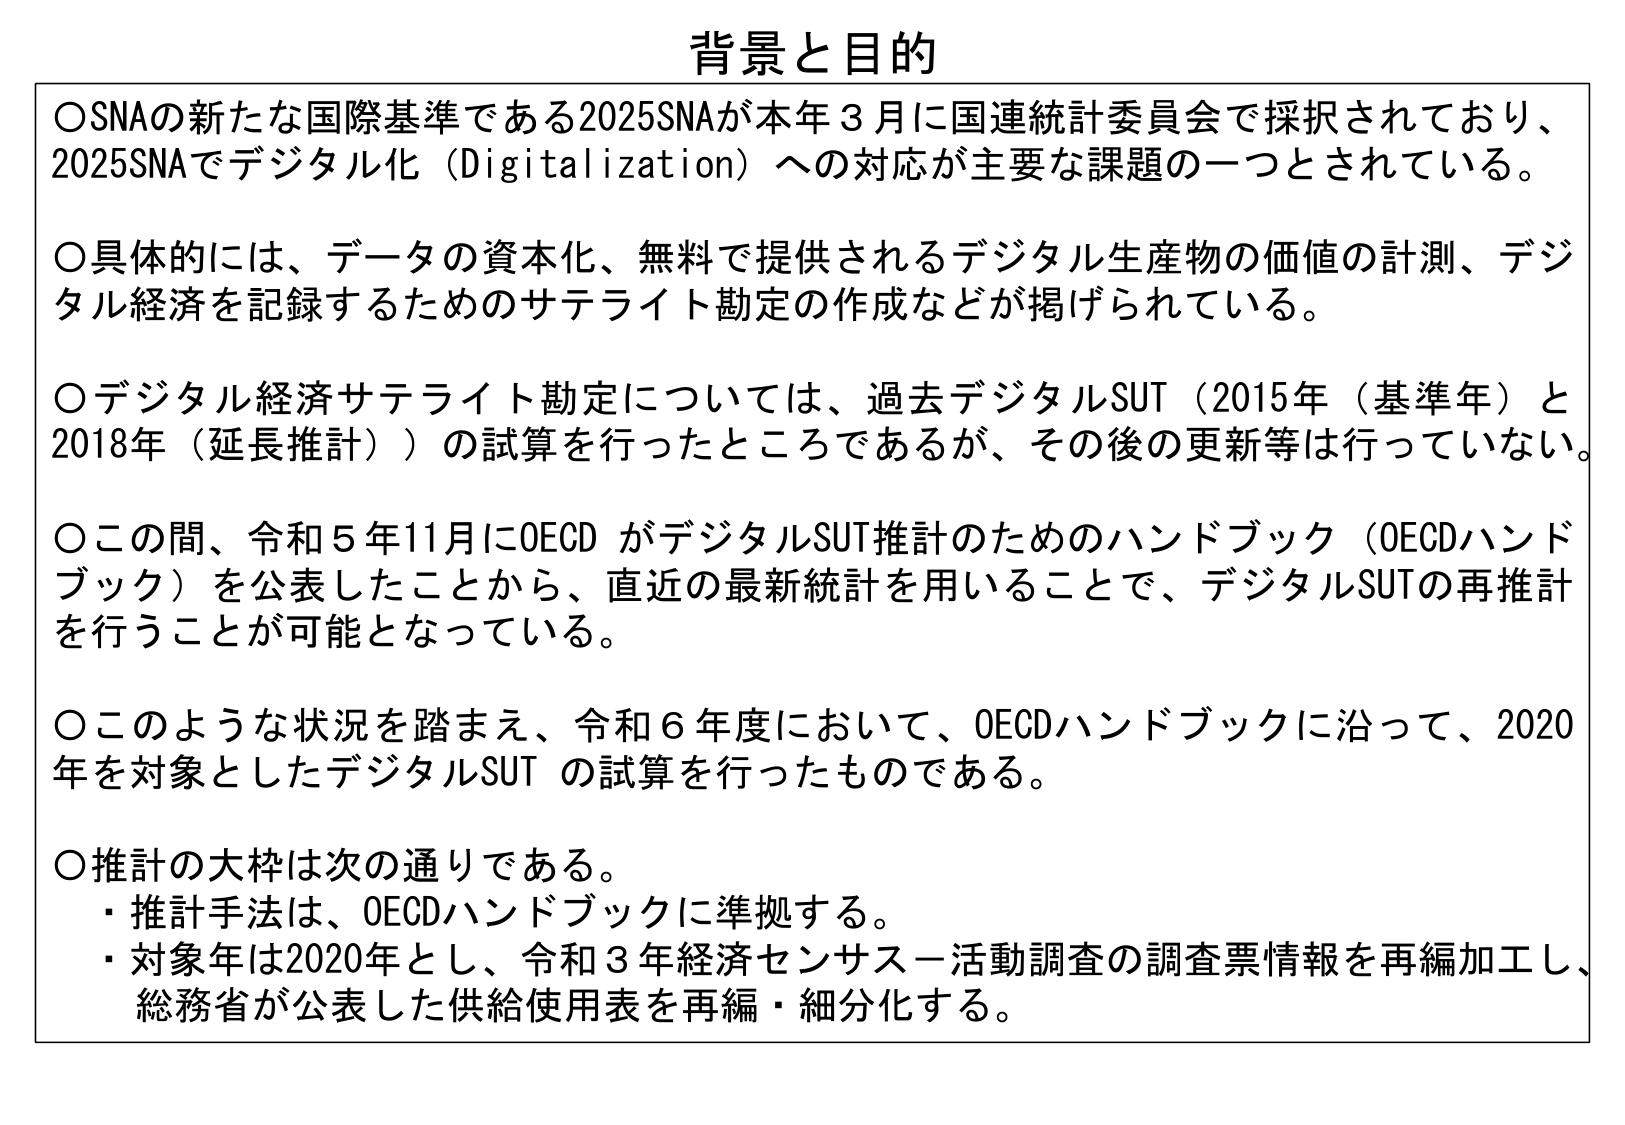
背景と目的

〇SNAの新たな国際基準である2025SNAが本年3月に国連統計委員会で採択されており、2025SNAでデジタル化（Digitalization）への対応が主要な課題の一つとされている。

〇具体的には、データの資本化、無料で提供されるデジタル生産物の価値の計測、デジタル経済を記録するためのサテライト勘定の作成などが掲げられている。

〇デジタル経済サテライト勘定については、過去デジタルSUT（2015年（基準年）と2018年（延長推計））の試算を行ったところであるが、その後の更新等は行っていない。

〇この間、令和5年11月にOECDがデジタルSUT推計のためのハンドブック（OECDハンドブック）を公表したことから、直近の最新統計を用いることで、デジタルSUTの再推計を行うことが可能となっている。

〇このような状況を踏まえ、令和6年度において、OECDハンドブックに沿って、2020年を対象としたデジタルSUTの試算を行ったものである。

〇推計の大枠は次の通りである。
・推計手法は、OECDハンドブックに準拠する。
・対象年は2020年とし、令和3年経済センサスー活動調査の調査票情報を再編加工し、総務省が公表した供給使用表を再編・細分化する。